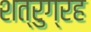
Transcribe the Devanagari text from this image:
शत्रुग्रह